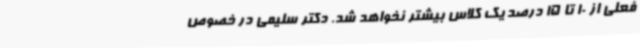
فعلی از 10 تا 15 درصد یک کلاس بیشتر نخواهد شد. دکتر سلیمی در خصوص